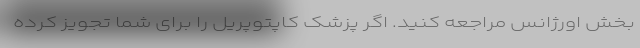
بخش اورژانس مراجعه کنید. اگر پزشک کاپتوپریل را برای شما تجویز کرده